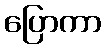
ပြောကာ